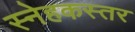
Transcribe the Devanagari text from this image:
स्नेहकस्तर